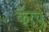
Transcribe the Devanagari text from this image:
केरचे